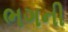
ભગની